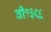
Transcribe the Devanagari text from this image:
वी१३९६